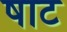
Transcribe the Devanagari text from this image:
षाट